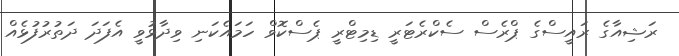
ރަޝިއާގެ ރައީސްގެ ޕްރެސް ސެކްރެޓަރީ ޑިމިޓްރީ ޕެސްކޮވް ހަމައެކަނި ވިދާޅުވީ އެފަދަ ދަތުރުފުޅެއް